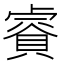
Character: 𧷁